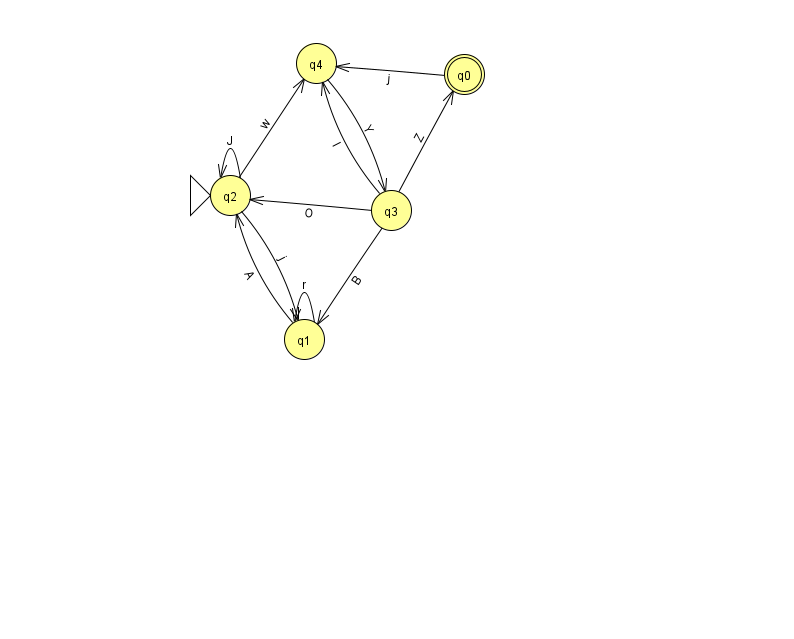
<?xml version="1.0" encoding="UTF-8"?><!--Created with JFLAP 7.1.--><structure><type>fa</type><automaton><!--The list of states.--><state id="0" name="q0"><x>464.0</x><y>61.0</y><final/></state><state id="1" name="q1"><x>304.0</x><y>326.0</y></state><state id="2" name="q2"><x>230.0</x><y>182.0</y><initial/></state><state id="3" name="q3"><x>391.0</x><y>197.0</y></state><state id="4" name="q4"><x>316.0</x><y>50.0</y></state><!--The list of transitions.--><transition><from>2</from><to>4</to><read>w</read></transition><transition><from>1</from><to>1</to><read>r</read></transition><transition><from>2</from><to>1</to><read>j</read></transition><transition><from>3</from><to>2</to><read>O</read></transition><transition><from>4</from><to>3</to><read>Y</read></transition><transition><from>3</from><to>1</to><read>B</read></transition><transition><from>3</from><to>4</to><read>l</read></transition><transition><from>0</from><to>4</to><read>j</read></transition><transition><from>1</from><to>2</to><read>A</read></transition><transition><from>2</from><to>2</to><read>J</read></transition><transition><from>3</from><to>0</to><read>Z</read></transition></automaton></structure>